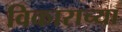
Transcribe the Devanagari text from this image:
विकाराच्या